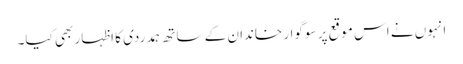
انہوں نے اس موقع پر سوگوار خاندان کے ساتھ ہمدردی کا اظہار بھی کیا۔